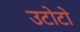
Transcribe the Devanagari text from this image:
उटोटो